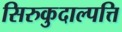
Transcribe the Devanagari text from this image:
सिरुकुदाल्पत्ति